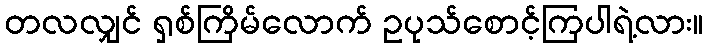
တလလျှင် ရှစ်ကြိမ်လောက် ဥပုသ်စောင့်ကြပါရဲ့လား။